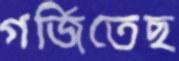
গর্জিতেছ